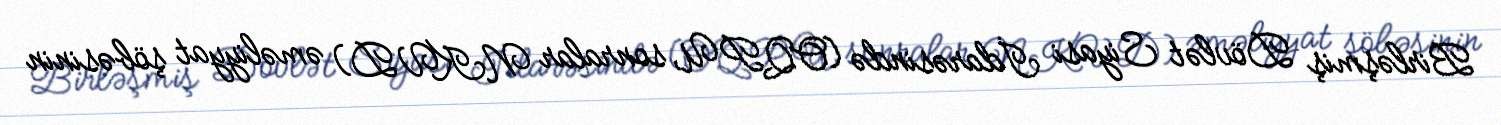
Birləşmiş Dövlət Siyasi İdarəsində (OQPU, sonralar NKVD) əməliyyat şöbəsinin